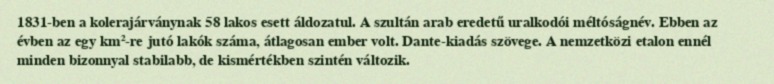
1831-ben a kolerajárványnak 58 lakos esett áldozatul. A szultán arab eredetű uralkodói méltóságnév. Ebben az évben az egy km²-re jutó lakók száma, átlagosan ember volt. Dante-kiadás szövege. A nemzetközi etalon ennél minden bizonnyal stabilabb, de kismértékben szintén változik.